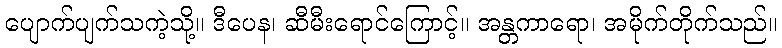
ပျောက်ပျက်သကဲ့သို့။ ဒီပေန၊ ဆီမီးရောင်ကြောင့်။ အန္တကာရော၊ အမိုက်တိုက်သည်။